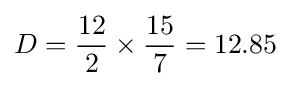
D={12 \over 2}\times {15 \over 7}=12.85